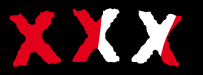
XXX